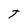
Character: t